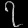
Digit: ၇